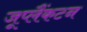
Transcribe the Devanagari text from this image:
जूप्लैंकटन